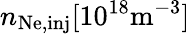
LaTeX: n_{\mathrm{Ne,inj}}\mathrm{[10^{18}m^{-3}]}